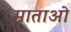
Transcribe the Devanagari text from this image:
माताओ